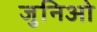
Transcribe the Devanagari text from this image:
जुनिओ